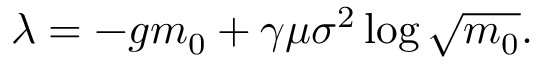
\lambda = - g m _ { 0 } + \gamma \mu \sigma ^ { 2 } \log { \sqrt { m _ { 0 } } } .